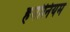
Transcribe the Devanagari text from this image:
हर्मोनियम